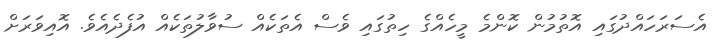
އެސަރަހައްދުގައި އޮތުމުން ކޮންމެ މީހެއްގެ ހިތުގައި ވެސް އެތަކެއް ސުވާލުތަކެއް އުފެދެއެވެ. އޮއިވަރަށް